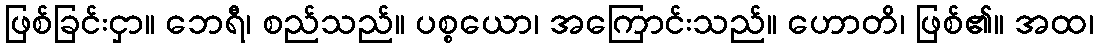
ဖြစ်ခြင်းငှာ။ ဘေရီ၊ စည်သည်။ ပစ္စယော၊ အကြောင်းသည်။ ဟောတိ၊ ဖြစ်၏။ အထ၊